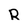
Character: R